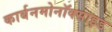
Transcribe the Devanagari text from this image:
कार्बनमोनॉक्साइड